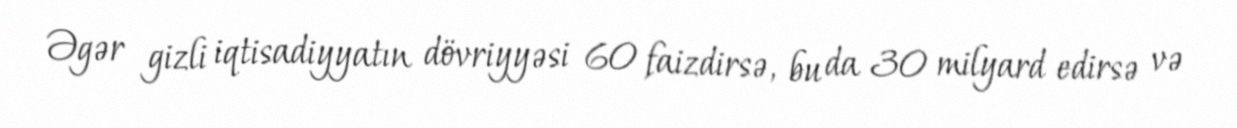
Əgər gizli iqtisadiyyatın dövriyyəsi 60 faizdirsə, bu da 30 milyard edirsə və